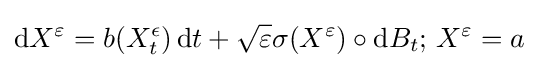
\mathrm {d} X^{\varepsilon }=b(X_{t}^{\epsilon })\,\mathrm {d} t+{\sqrt {\varepsilon }}\sigma (X^{\varepsilon })\circ \mathrm {d} B_{t};\,X^{\varepsilon }=a